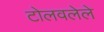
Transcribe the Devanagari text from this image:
टोलवलेले